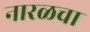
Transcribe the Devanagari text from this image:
नारळचा